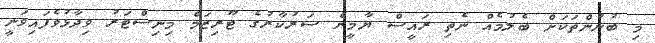
މި ބުނުންތަކަށް ބެލުމެއް ނެތި ރައީސް ޔާމީން ސަރުކާރުގެ ޓޫރިޒަމް މިނިސްޓަރު ވިދާޅުވެފައިވަނީ